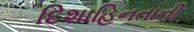
દિશાહિનતાની